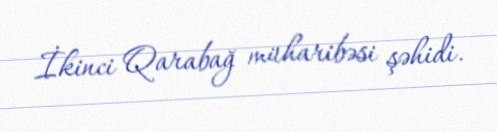
İkinci Qarabağ müharibəsi şəhidi.